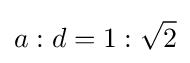
a:d=1:{\sqrt {2}}